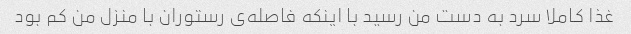
غذا کاملا سرد به دست من رسید با اینکه فاصله‌ی رستوران با منزل من کم بود